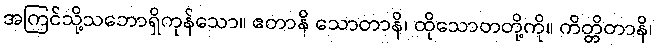
အကြင်သို့သဘောရှိကုန်သော။ ဧတာနိ သောတာနိ၊ ထိုသောတတို့ကို။ ကိတ္တိတာနိ၊